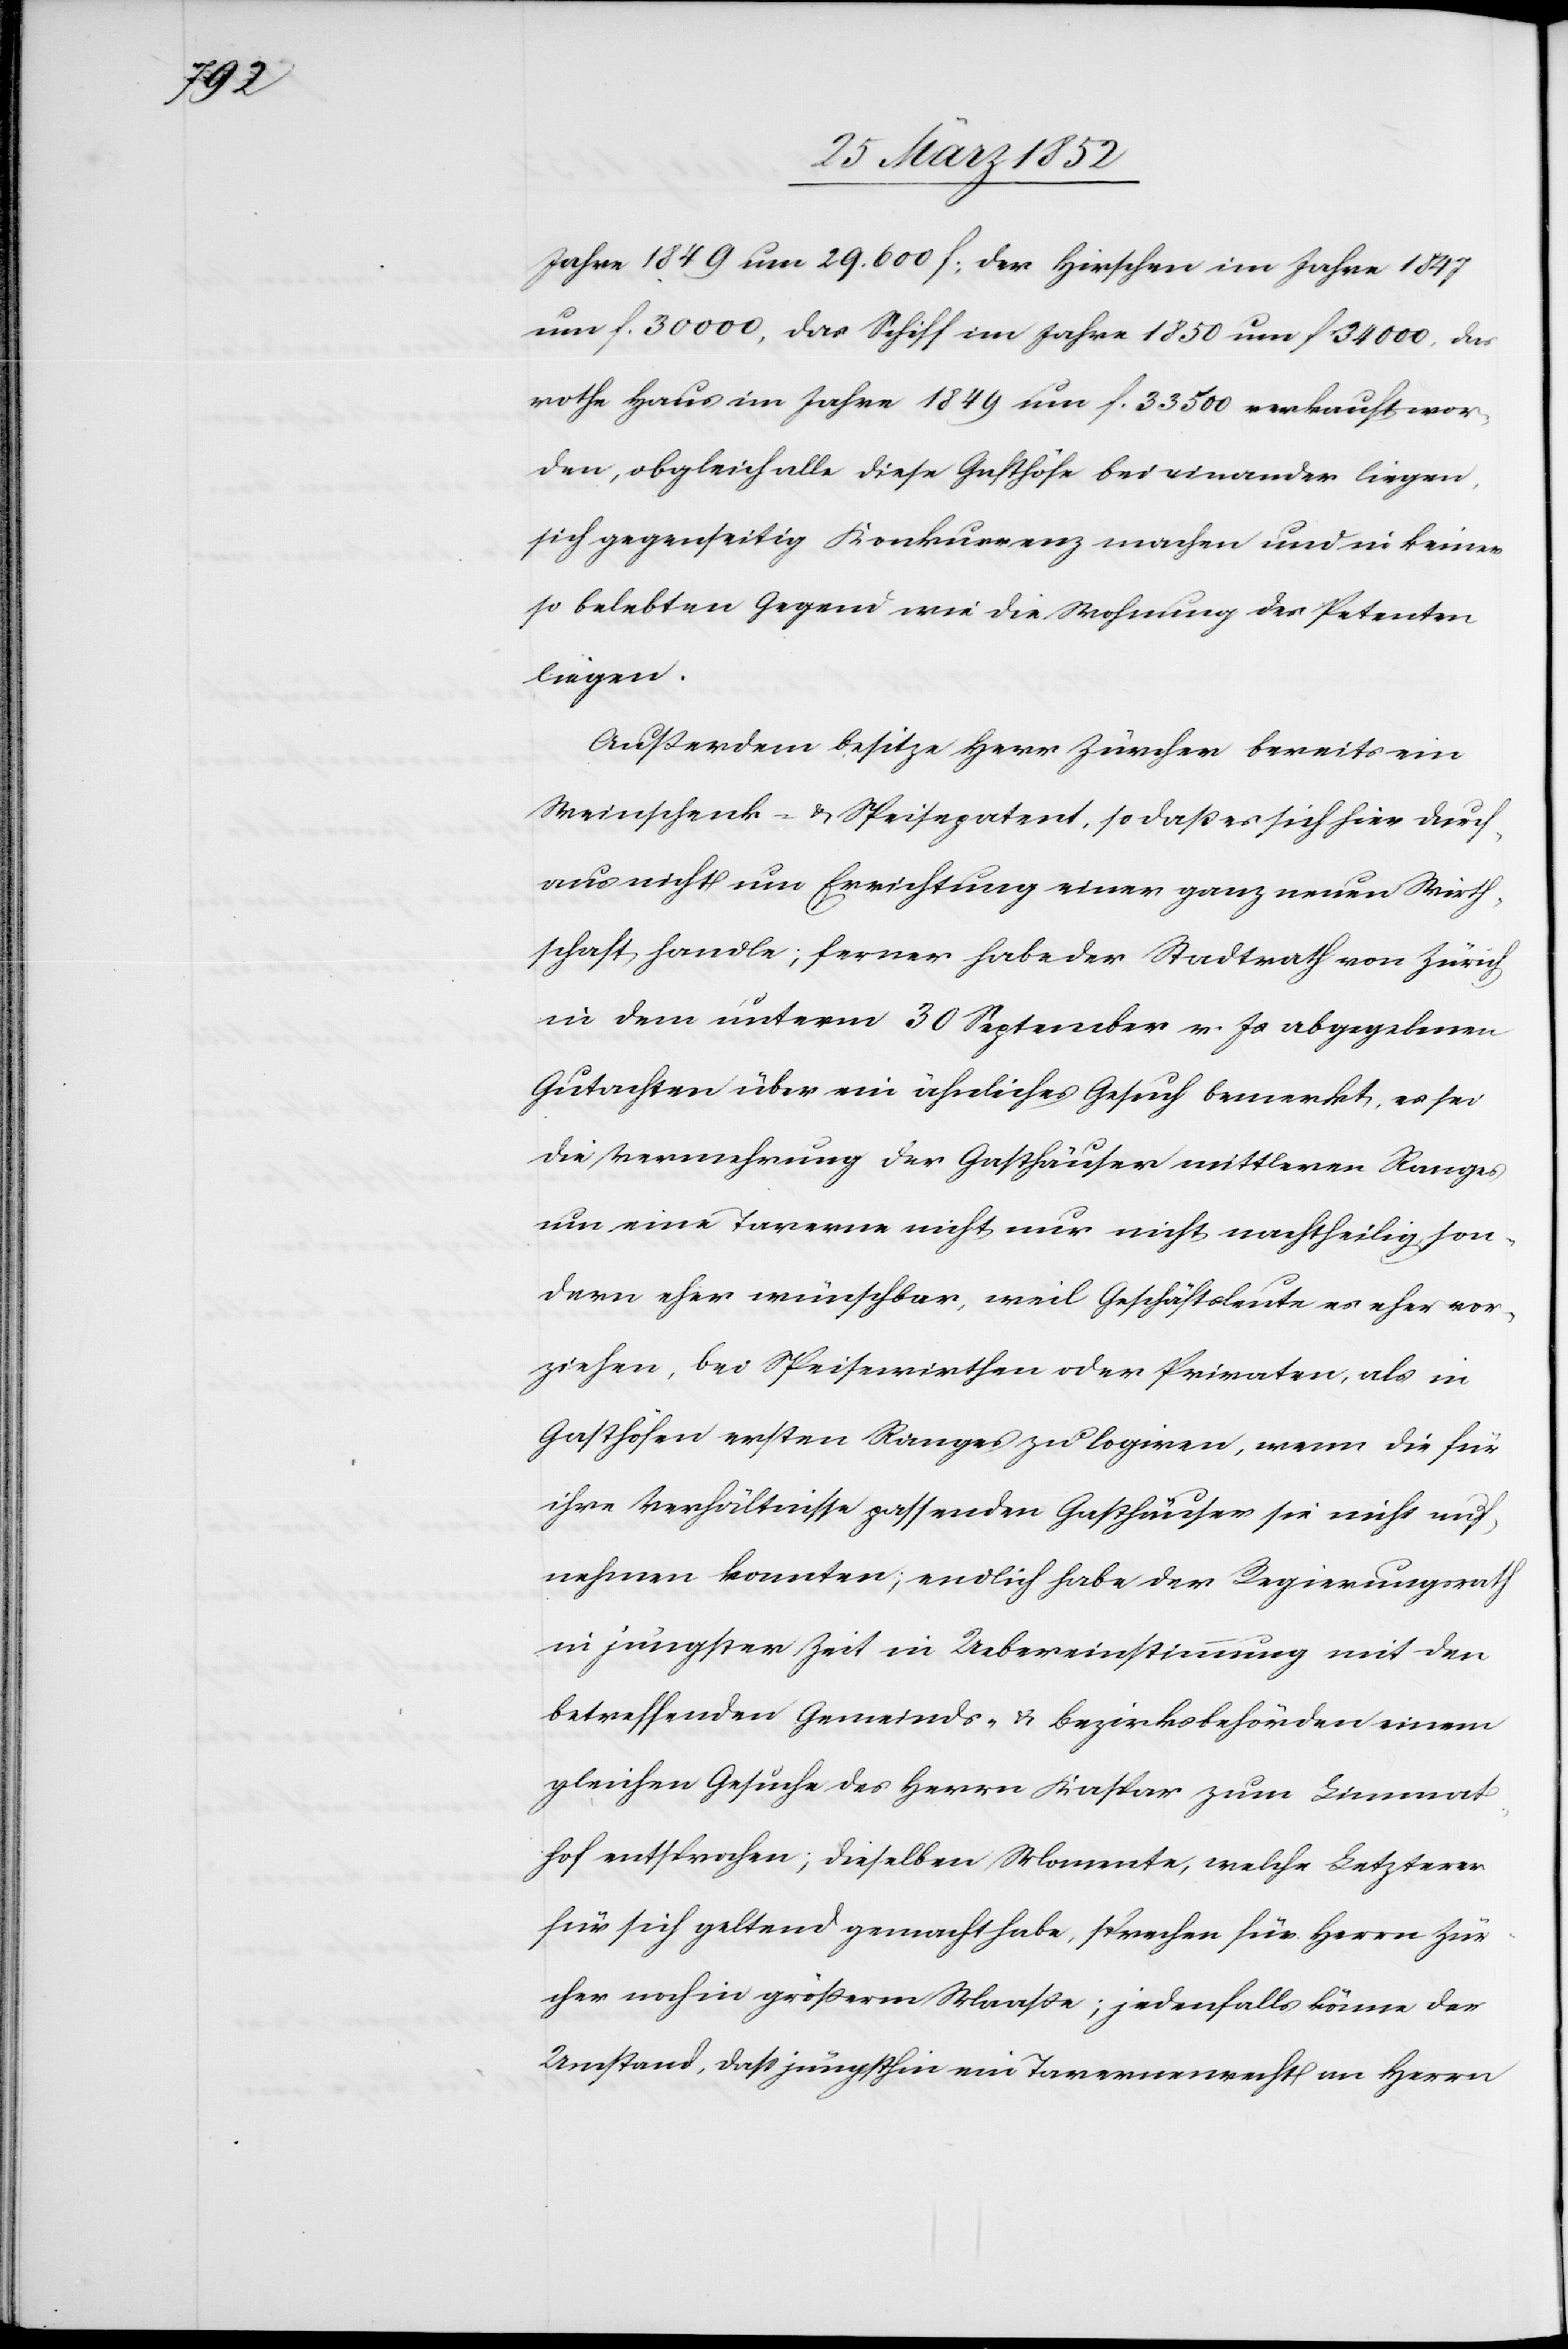
Jahre 1849 um 29.600 f., der Hirschen im Jahre 1847
um f. 30 000, das Schiff im Jahre 1850 um f 34 000, das
rothe Haus im Jahre 1849 um f. 33 500 verkauft wor¬
den, obgleich alle diese Gasthöfe bei einander liegen,
sich gegenseitig Konkurrenz machen und in keiner
so belebten Gegend wie die Wohnung des Petenten
liegen.
Außerdem besitze Herr Zürcher bereits ein
Weinschenk- u. Speisepatent, so daß es sich hier durch¬
aus nicht um Errichtung einer ganz neue Wirth¬
schaft handle; ferner habe der Stadtrath von Zürich
in dem unterm 30 September v. Js abgegebenen
Gutachten über ein ähnliches Gesuch bemerkt, es sei
die Vermehrung der Gasthäuser mittleren Ranges
um eine Taverne nicht nur nicht nachtheilig, son¬
dern eher wünschbar, weil Geschäftsleute es eher vor¬
ziehe, bei Speisewirthen oder Privaten, als in
Gasthöfen ersten Ranges zu logiren, wenn die für
ihre Verhältnisse passenden Gasthäuser sie nicht auf¬
nehmen konnten; endlich habe der Regierungsrath
in jüngster Zeit in Uebereinstimmung mit den
betreffenden Gemeinds- u. Bezirksbehörden einem
gleichen Gesuche des Herrn Kaspar zum Limmat¬
hof entsprochen; dieselben Momente, welche Letzterer
für sich geltend gemacht habe, sprechen für Herrn Zür¬
cher noch in größerm Maaße; jedenfalls könne der
Umstand, daß jüngsthin ein Tavernenrecht an Herrn